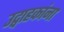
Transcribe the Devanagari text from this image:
उद्वाहकांना